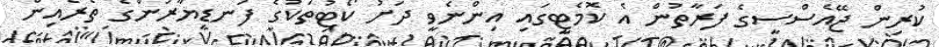
ކުރިން ޖޭއެސްސީގެ ފަރާތުން އެ ކޮމެޓީގައި އިންނެވީ ދަށު ކޯޓުތަކުގެ ފަނޑިޔާރުންގެ ތެރެއިން